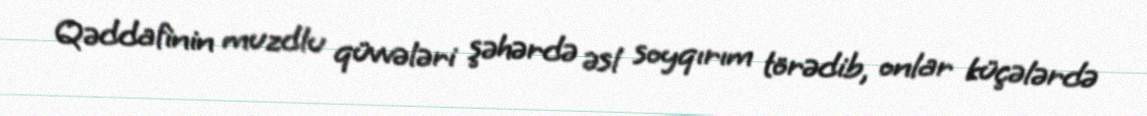
Qəddafinin muzdlu qüvvələri şəhərdə əsl soyqırım törədib, onlar küçələrdə